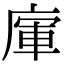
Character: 𢉦